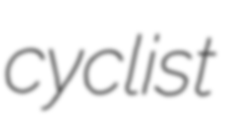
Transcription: cyclist